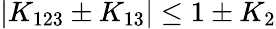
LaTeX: |K_{123}\pm K_{13}|\le 1\pm K_{2}